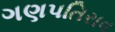
ગણપતિરાવ